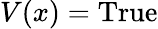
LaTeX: V(x)={\mathrm{True}}